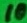
Text: 10